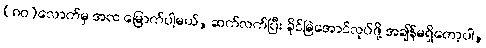
(၈၀)လောက်မှ အထ မြောက်ပါ့မယ်, ဆက်လက်ပြီး ခိုင်မြဲအောင်လုပ်ဖို့ အချိန်မရှိတော့ပါ,